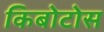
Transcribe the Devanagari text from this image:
किबोटोस